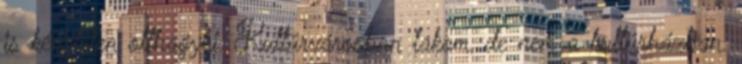
is kénytelen otthagyni. Kultúrvárosban lakom, de nem a kultúrházban.